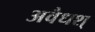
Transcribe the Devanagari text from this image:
अवैधश्